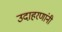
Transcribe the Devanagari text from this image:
उदाहरणांनी